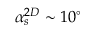
\alpha _ { s } ^ { 2 D } \sim 1 0 ^ { \circ }